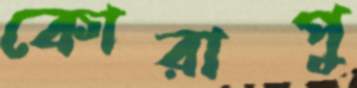
কোরাপু